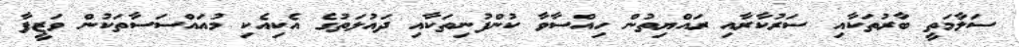
ސަލާމަތީ ބާރުތަކާއި ސަރުކާރާއި ރައްޔިތުން ހިއްސާވާ ކުންފުނިތަކާއި ދައުލަތުގެ އެކިއެކި މުއައްސަސާތަކުން ވަޒީފާ